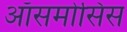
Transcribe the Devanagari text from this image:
ऑसमोसिस